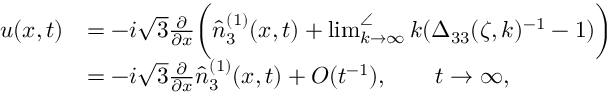
\begin{array} { r l } { u ( x , t ) } & { = - i \sqrt { 3 } \frac { \partial } { \partial x } \bigg ( \hat { n } _ { 3 } ^ { ( 1 ) } ( x , t ) + \operatorname* { l i m } _ { k \to \infty } ^ { \angle } k ( \Delta _ { 3 3 } ( \zeta , k ) ^ { - 1 } - 1 ) \bigg ) } \\ & { = - i \sqrt { 3 } \frac { \partial } { \partial x } \hat { n } _ { 3 } ^ { ( 1 ) } ( x , t ) + O ( t ^ { - 1 } ) , \qquad t \to \infty , } \end{array}